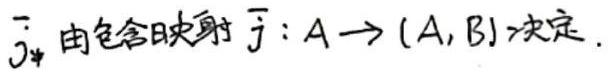
$\overline{j}_*$由包含映射$\overline{j}: A \to (A,B)$决定.